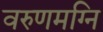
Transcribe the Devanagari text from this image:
वरुणमग्नि